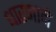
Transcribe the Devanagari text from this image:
धारणाने